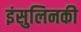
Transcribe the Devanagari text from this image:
इंसुलिनकी